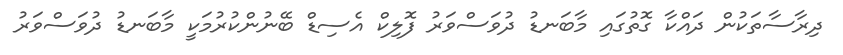
ދިރާސާތަކުން ދައްކާ ގޮތުގައި މާބަނޑު ދުވަސްވަރު ފޮލިކް އެސިޑް ބޭނުންކުރުމަކީ މާބަނޑު ދުވަސްވަރު